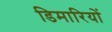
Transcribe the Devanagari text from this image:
डिमारियों